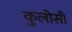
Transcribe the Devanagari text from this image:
कुलोसी